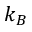
k _ { B }